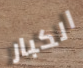
الكبار